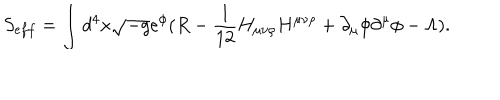
S _ { e f f } = \int d ^ { 4 } x \sqrt { - g } e ^ { \phi } ( R - \frac { 1 } { 1 2 } H _ { \mu \nu \rho } H ^ { \mu \nu \rho } + \partial _ { \mu } \phi \partial ^ { \mu } \phi - \Lambda ) .